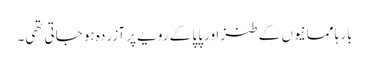
بارہا ممانیوں کے طنز اور پاپا کے رویے پر آزردہ ہو جاتی تھی۔